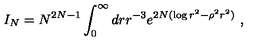
I _ { N } = N ^ { 2 N - 1 } \int _ { 0 } ^ { \infty } d r r ^ { - 3 } e ^ { 2 N ( \log r ^ { 2 } - \rho ^ { 2 } r ^ { 2 } ) } \ ,